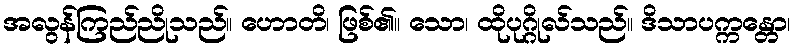
အလွန်ကြည်ညိုသည်။ ဟောတိ၊ ဖြစ်၏။ သော၊ ထိုပုဂ္ဂိုလ်သည်။ ဒိသာပက္ကန္တော၊